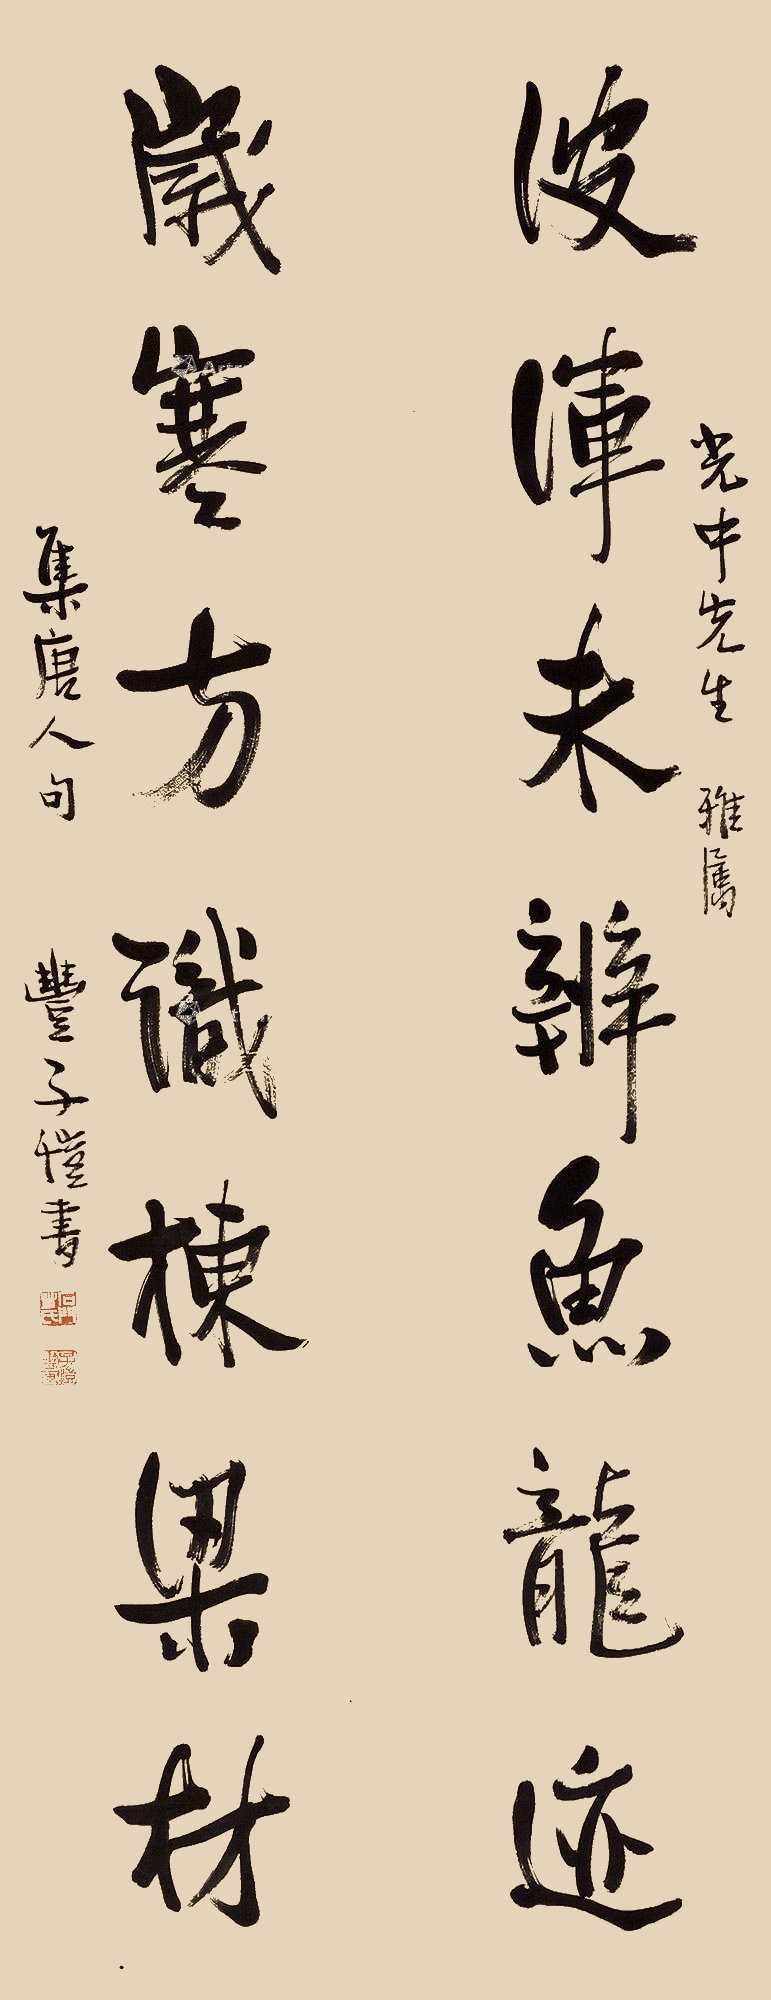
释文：波浑未辨鱼龙迹，岁寒方识栋梁材。光中先生雅属，集唐人句，丰子恺书。